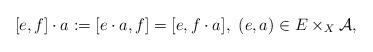
LaTeX: \begin{align*}[e,f]\cdot a:=[e\cdot a,f]=[e,f\cdot a], \ (e,a)\in E\times_X\cal A,\end{align*}